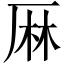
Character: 𠩵